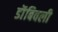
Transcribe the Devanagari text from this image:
डॊंबिवली